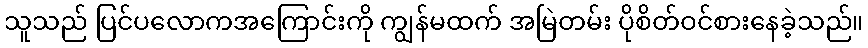
သူသည် ပြင်ပလောကအကြောင်းကို ကျွန်မထက် အမြဲတမ်း ပိုစိတ်ဝင်စားနေခဲ့သည်။